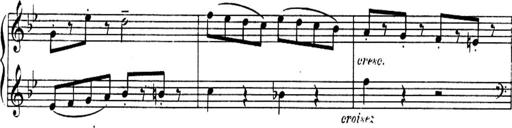
Title: Sonatines
Composer: Hedwige ChrÃ©tien